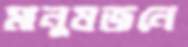
মানুষজনে